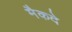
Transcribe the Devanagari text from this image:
मैकदे